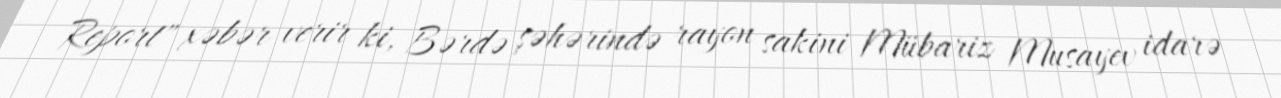
Report" xəbər verir ki, Bərdə şəhərində rayon sakini Mübariz Musayev idarə